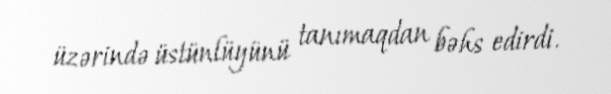
üzərində üstünlüyünü tanımaqdan bəhs edirdi.